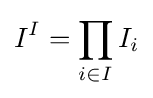
I^{I}=\prod _{i\in I}I_{i}